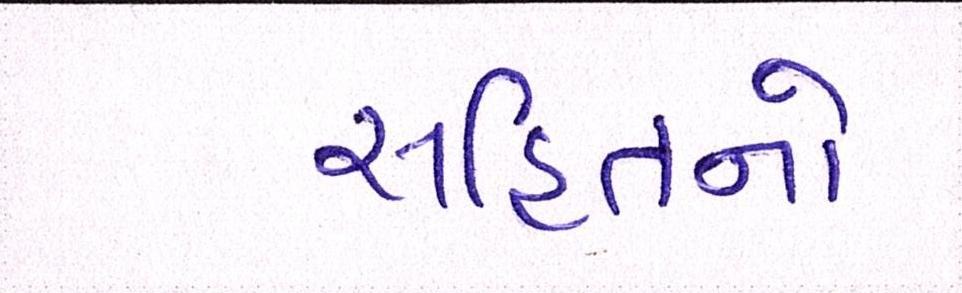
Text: સહિતનો